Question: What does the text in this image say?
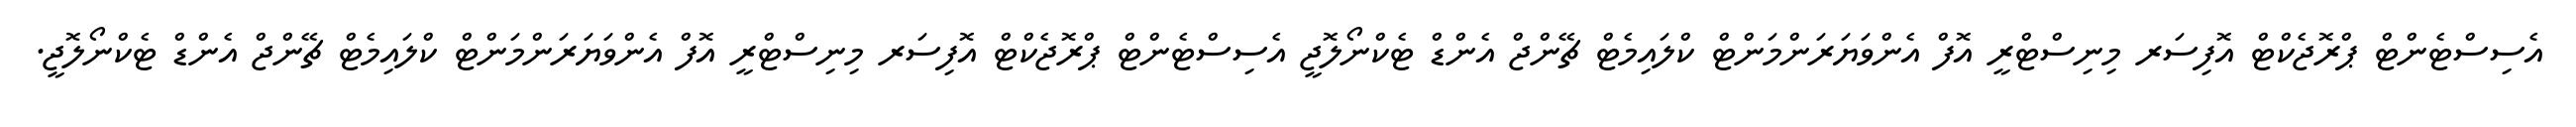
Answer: އެސިސްޓެންޓް ޕްރޮޖެކްޓް އޮފިސަރ މިނިސްޓްރީ އޮފް އެންވަޔަރަންމަންޓް ކްލައިމެޓް ޗޭންޖް އެންޑް ޓެކްނޯލޮޖީ އެސިސްޓެންޓް ޕްރޮޖެކްޓް އޮފިސަރ މިނިސްޓްރީ އޮފް އެންވަޔަރަންމަންޓް ކްލައިމެޓް ޗޭންޖް އެންޑް ޓެކްނޯލޮޖީ.